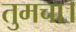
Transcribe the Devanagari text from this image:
तुमचा।